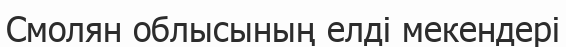
Смолян облысының елді мекендері